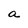
Character: a